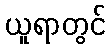
ယူရာတွင်